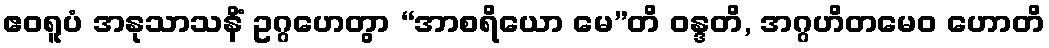
ဧဝရူပံ အနုသာသနိံ ဥဂ္ဂဟေတွာ “အာစရိယော မေ”တိ ဝန္ဒတိ, အဂ္ဂဟိတမေဝ ဟောတိ